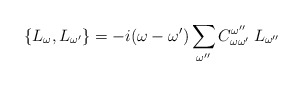
\begin{align*}\{L_\omega,L_{\omega^\prime}\} = - i (\omega - \omega^\prime) \sum_{\omega^{\prime\prime}} C_{\omega\omega^\prime}^{\omega^{\prime\prime}}\:L_{\omega^{\prime\prime}}\end{align*}